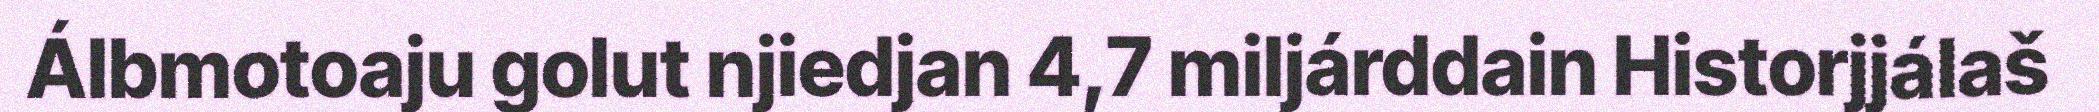
Álbmotoaju golut njiedjan 4,7 miljárddain Historjjálaš